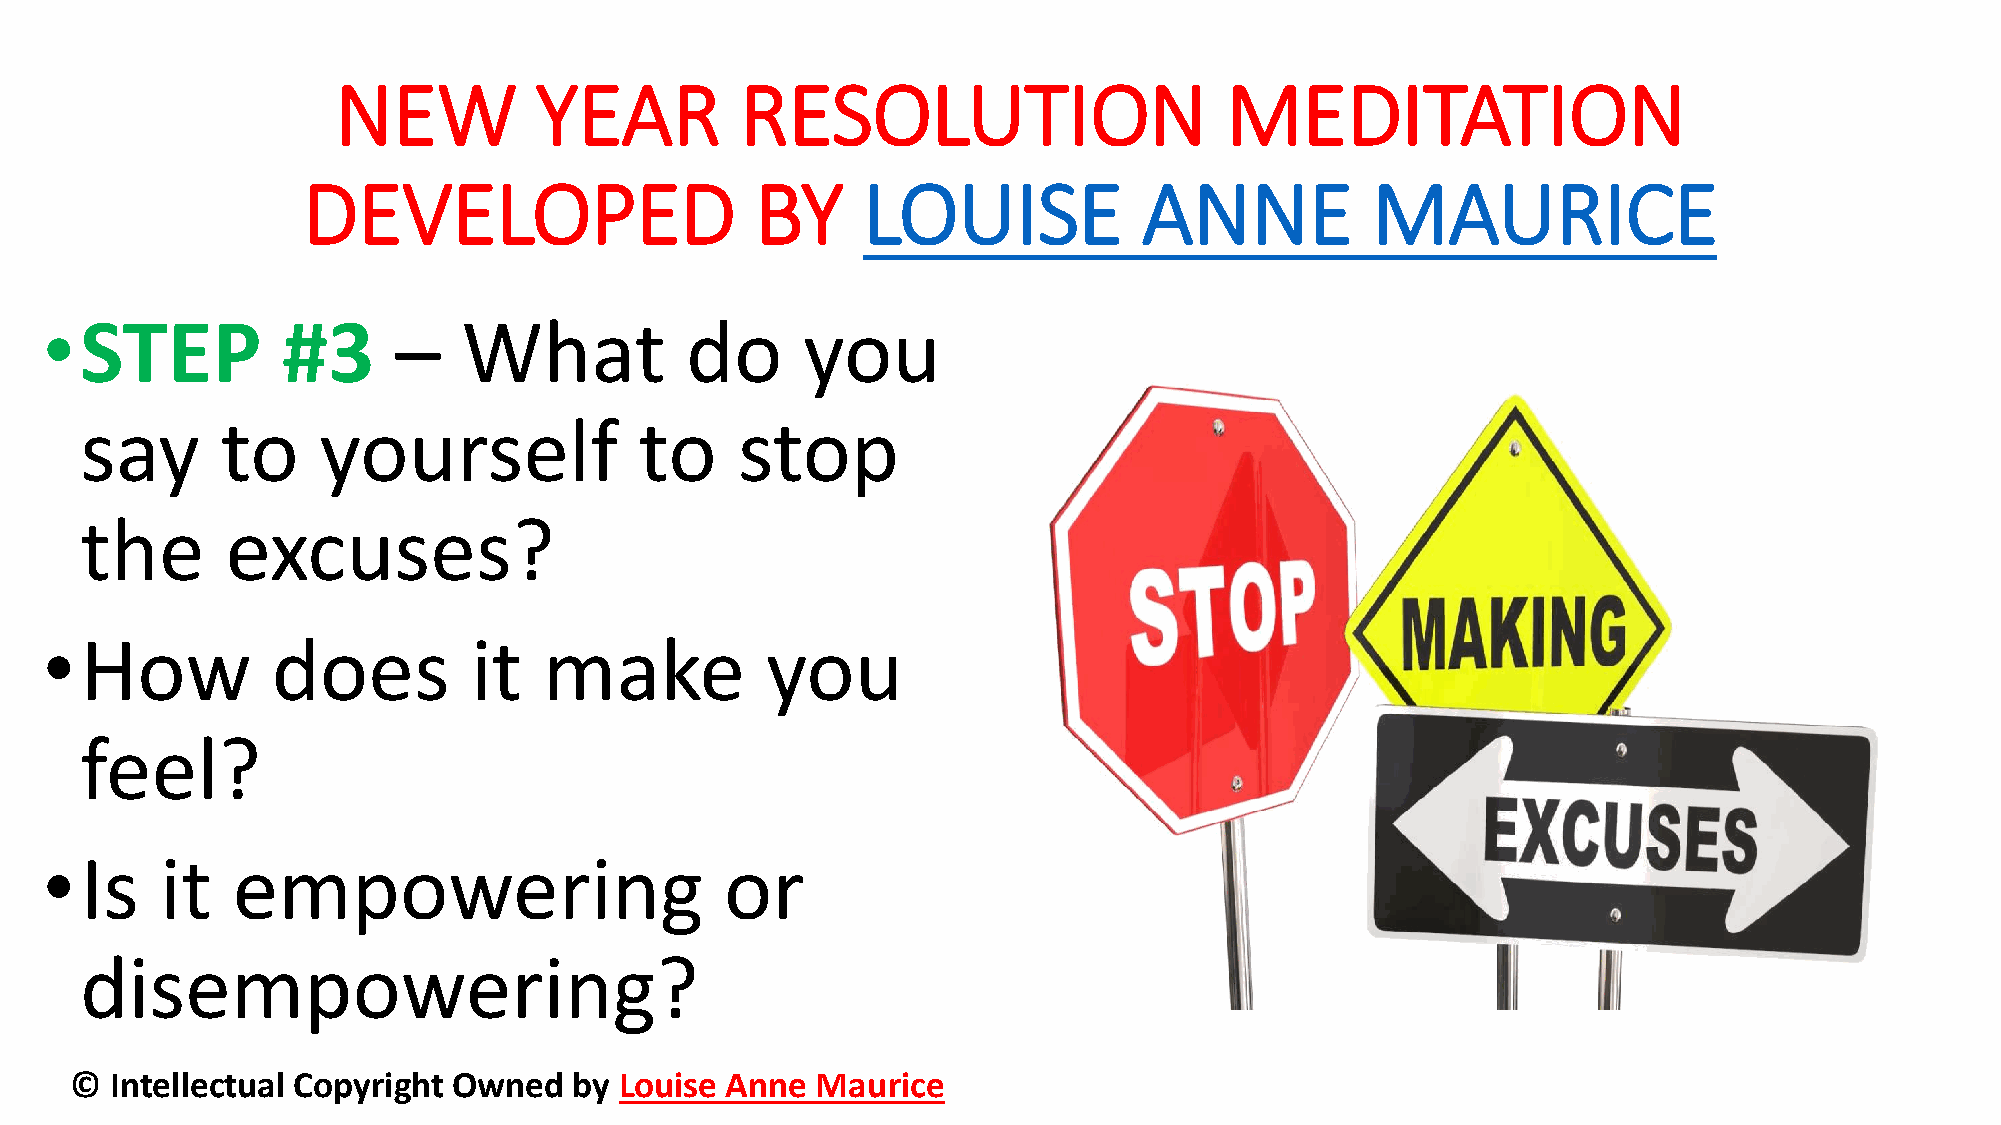
NEW          YEAR          RESOLUTION                      MEDITATION
 DEVELOPED                     BY     LOUISE             ANNE           MAURICE
 •STEP           #3     –    What          do      you
 say       to    yourself             to     stop
 the       excuses?
 •How           does         it   make           you
 feel?
 •Is     it  empowering                       or
 disempowering?
 © Intellectual Copyright Owned   by Louise Anne  Maurice